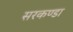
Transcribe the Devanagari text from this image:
सरकण्डा